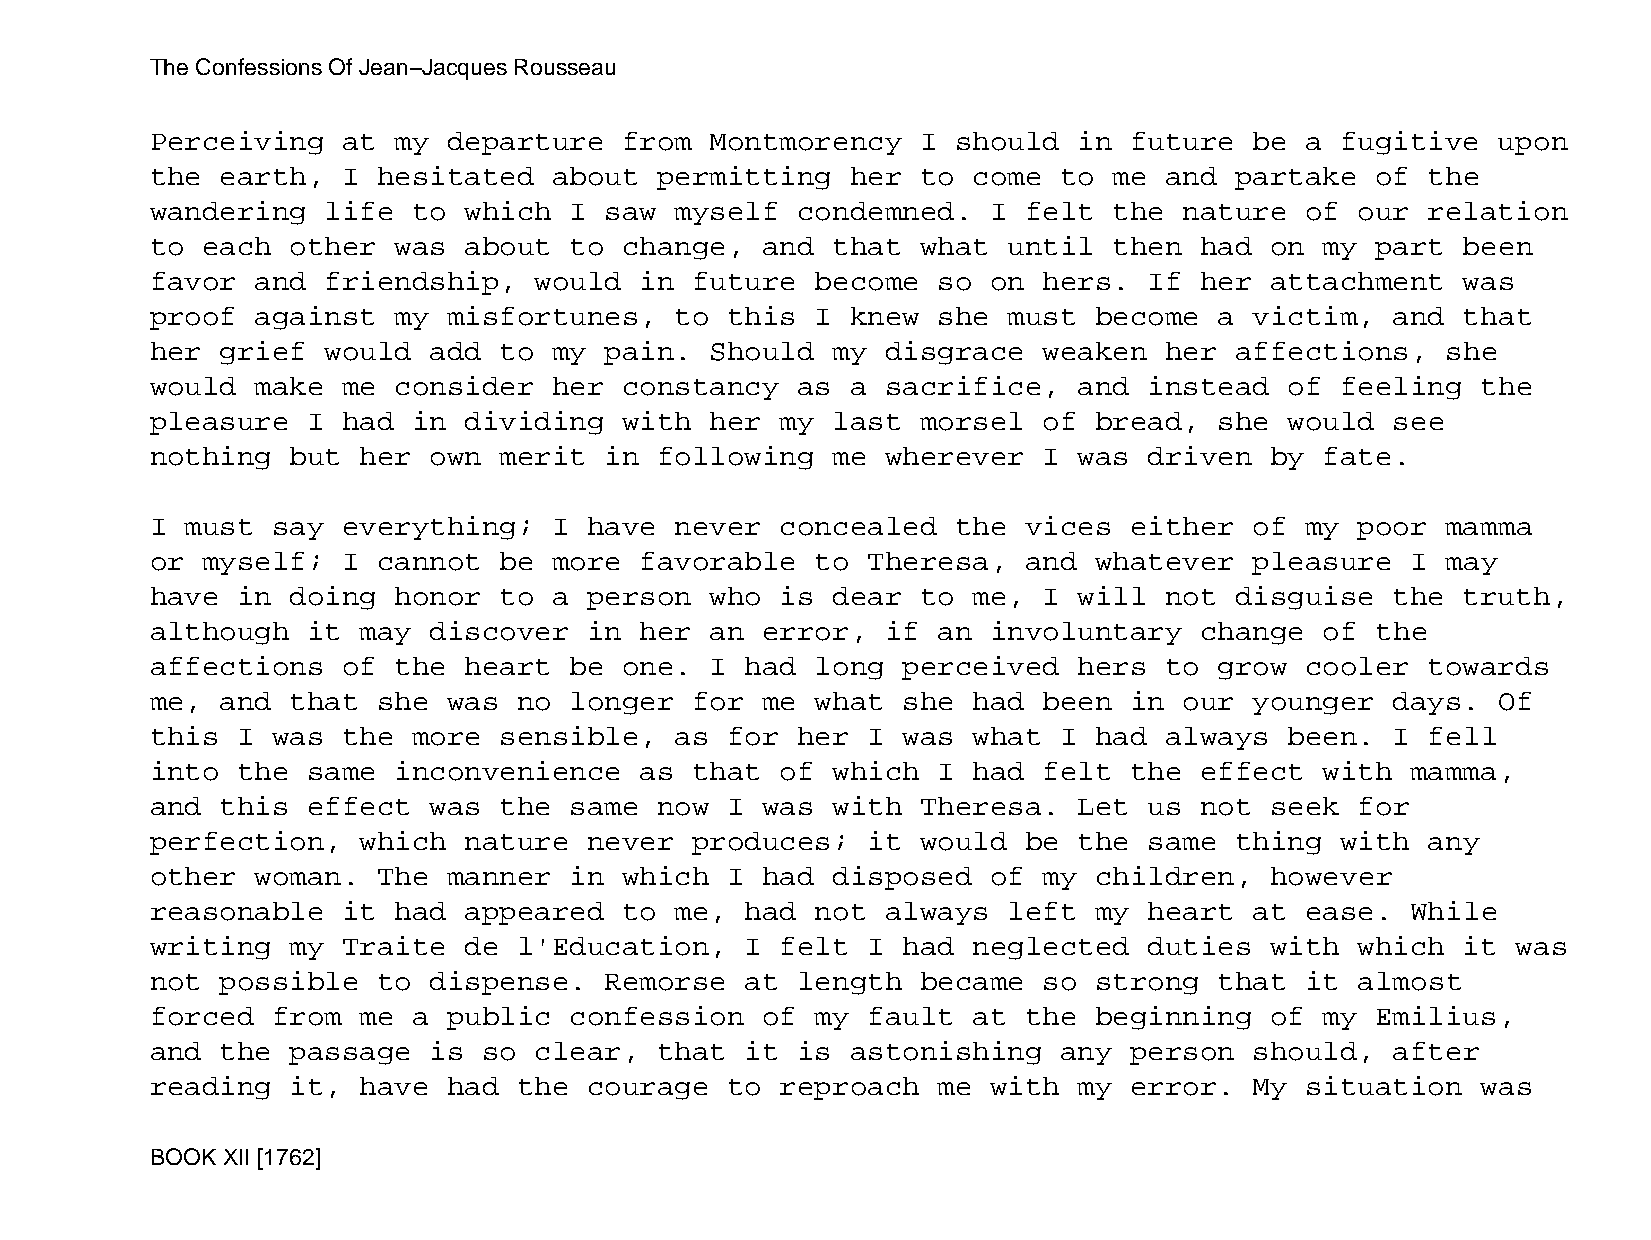
The Confessions Of Jean−Jacques Rousseau
 Perceiving   at my  departure  from  Montmorency   I should  in  future  be a  fugitive  upon
 the  earth,  I hesitated   about  permitting  her  to come  to  me and  partake  of  the
 wandering   life to  which  I saw  myself  condemned.   I felt  the nature  of  our  relation
 to each  other  was  about  to change,  and  that  what  until  then had  on  my part  been
 favor  and  friendship,  would  in  future  become  so  on hers.  If her  attachment   was
 proof  against  my  misfortunes,   to this  I knew  she  must become   a victim,  and  that
 her  grief  would add  to  my pain.  Should  my  disgrace  weaken  her  affections,   she
 would  make  me consider   her constancy   as a  sacrifice,  and  instead  of  feeling  the
 pleasure  I  had in  dividing  with  her  my last  morsel  of bread,   she would  see
 nothing  but  her own  merit  in  following  me  wherever  I was  driven  by  fate.
 I must  say  everything;   I have  never  concealed  the  vices  either  of my  poor  mamma
 or myself;   I cannot  be  more favorable   to Theresa,   and whatever   pleasure  I  may
 have  in doing  honor  to  a person  who  is dear  to me,  I will  not  disguise  the  truth,
 although  it  may discover   in her  an error,   if an  involuntary  change   of the
 affections   of the  heart  be one.  I had  long  perceived  hers  to  grow cooler   towards
 me,  and that  she  was no  longer  for me  what  she had  been  in our  younger  days.  Of
 this  I was  the more  sensible,   as for  her I  was what  I had  always  been.  I  fell
 into  the same  inconvenience   as  that  of which  I had  felt  the effect   with mamma,
 and  this effect  was  the  same  now I was  with  Theresa.  Let  us not  seek  for
 perfection,   which  nature  never  produces;  it  would  be the  same  thing  with  any
 other  woman.  The  manner  in which  I had  disposed   of my children,   however
 reasonable   it had  appeared  to  me, had  not  always  left my  heart  at ease.  While
 writing  my  Traite  de l'Education,   I  felt I  had neglected   duties  with  which  it was
 not  possible  to dispense.   Remorse  at  length  became  so strong   that it  almost
 forced  from  me a  public  confession  of  my fault  at  the beginning   of  my Emilius,
 and  the passage  is  so clear,   that it  is astonishing   any  person  should,  after
 reading  it,  have  had the  courage  to  reproach  me  with my  error.  My situation   was
 BOOK XII [1762]